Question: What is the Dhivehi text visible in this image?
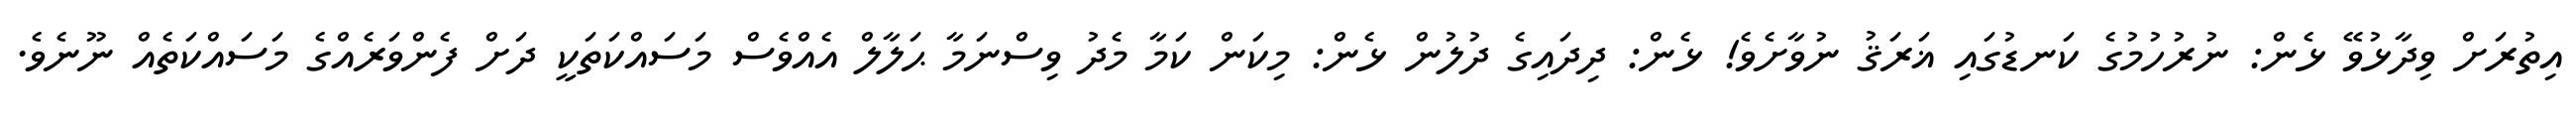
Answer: އިތުރަށް ވިދާޅުވޭ ޅެން: ނުރުހުމުގެ ކަނޑުގައި ޣަރަޤު ނުވާށެވެ! ޅެން: ދިދައިގެ ދުލުން ޅެން: މިކަން ކަމާ މެދު ވިސްނަމާ ޙަލާލް އެއްވެސް މަސައްކަތަކީ ދަށް ފެންވަރެއްގެ މަސައްކަތެއް ނޫނެވެ.